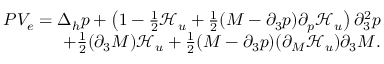
\begin{array} { r } { P V _ { e } = \Delta _ { h } p + \left( 1 - \frac { 1 } { 2 } \mathcal { H } _ { u } + \frac { 1 } { 2 } ( M - \partial _ { 3 } p ) \partial _ { p } \mathcal { H } _ { u } \right) \partial _ { 3 } ^ { 2 } p } \\ { + \frac { 1 } { 2 } ( \partial _ { 3 } M ) \mathcal { H } _ { u } + \frac { 1 } { 2 } ( M - \partial _ { 3 } p ) ( \partial _ { M } \mathcal { H } _ { u } ) \partial _ { 3 } M . } \end{array}